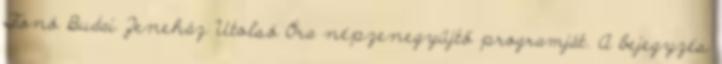
Fonó Budai Zeneház Utolsó Óra népzenegyűjtő programját. A bejegyzés